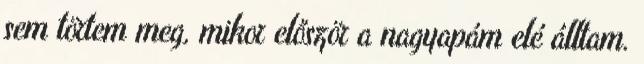
sem törtem meg, mikor először a nagyapám elé álltam.